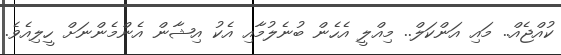
ކުއްޖެއް.. މައި އަންކަލް.. މިއްލީ އެހެން ބުނެލުމާއި އެކު އިޝާން އެންމެންނަށް ހީލިއެވެ.